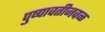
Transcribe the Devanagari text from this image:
पुष्पावतीजवळ